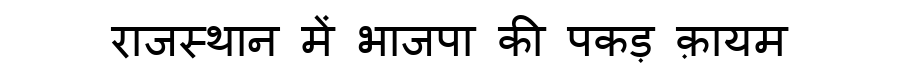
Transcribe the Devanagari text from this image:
राजस्थान में भाजपा की पकड़ क़ायम